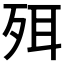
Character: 𣧹